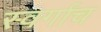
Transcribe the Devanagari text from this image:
स्वर्गाच